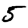
Digit: 5